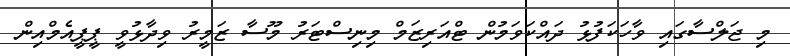
މި ޖަލްސާގައި ވާހަކަފުޅު ދައްކަވަމުން ޓްއަރިޒަމް މިނިސްޓަރު މޫސާ ޒަމީރު ވިދާޅުވީ ޕީޕީއެމްއިން